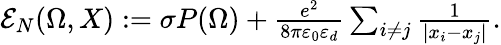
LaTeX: \begin{array}{r}{\mathcal E_{N}(\Omega,X):=\sigma P(\Omega)+{\frac{e^{2}}{8\pi\varepsilon_{0}\varepsilon_{d}}}\sum_{i\not=j}{\frac{1}{|x_{i}-x_{j}|}}.}\end{array}